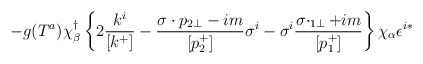
\begin{align*}- g (T^a) \chi_{\beta}^{\dagger} \left\{ 2\frac{k^i}{[k^+]} - \frac{ \sigma \cdot p_{2\bot} -im}{[p_2^+]} \sigma^i - \sigma^i \frac{ \sigma \cdotp_{1\bot} + im}{[p_1^+]} \right\} \chi_{\alpha}\epsilon^{i*}\end{align*}